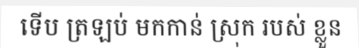
ទើប ត្រឡប់ មកកាន់ ស្រុក របស់ ខ្លួន